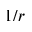
1 / r